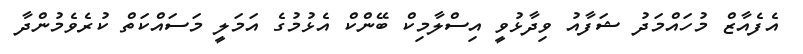
އެފެއާޒް މުހައްމަދު ޝަފާއު ވިދާޅުވީ އިސްލާމިކް ބޭންކް އެޅުމުގެ އަމަލީ މަސައްކަތް ކުރެވެމުންދާ